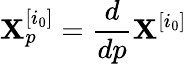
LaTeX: \mathbf{X}_{p}^{[i_{0}]}=\frac{d}{dp}\mathbf{X}^{[i_{0}]}